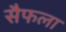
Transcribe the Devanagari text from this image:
सैफला